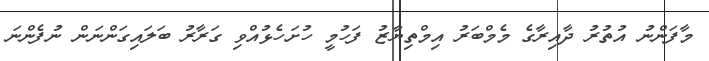
މާފަންނު އުތުރު ދާއިރާގެ މެމްބަރު އިމްތިޔާޒު ފަހުމީ ހުށަހެޅުއްވި ގަރާރު ބަލައިގަންނަން ނުފެންނަ